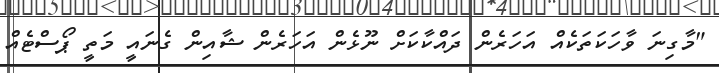
"މާގިނަ ވާހަކަތަކެއް އަހަރެން ދައްކާކަށް ނޫޅެން އަހަރެން ޝާއިން ގެނައީ މަތީ ޕޯސްޓެއް